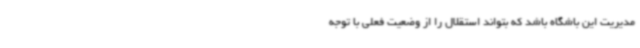
مدیریت این باشگاه باشد که بتواند استقلال را از وضعیت فعلی با توجه